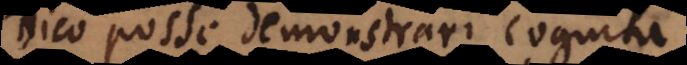
Dico posse demonstrari cognita